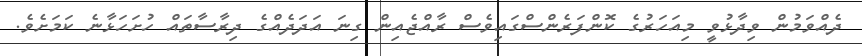
ދެއްވަމުން ވިދާޅުވީ މިއަހަރުގެ ކޮންފަރެންސްގައިވެސް ރާއްޖެއިން ގިނަ އަދަދެއްގެ ދިރާސާތައް ހުށަހަޅާނެ ކަމަށެވެ.